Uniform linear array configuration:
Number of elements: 4
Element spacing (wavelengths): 1
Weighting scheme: hamming
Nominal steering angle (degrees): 45
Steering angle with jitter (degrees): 46.677
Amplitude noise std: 0.05
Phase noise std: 0.05

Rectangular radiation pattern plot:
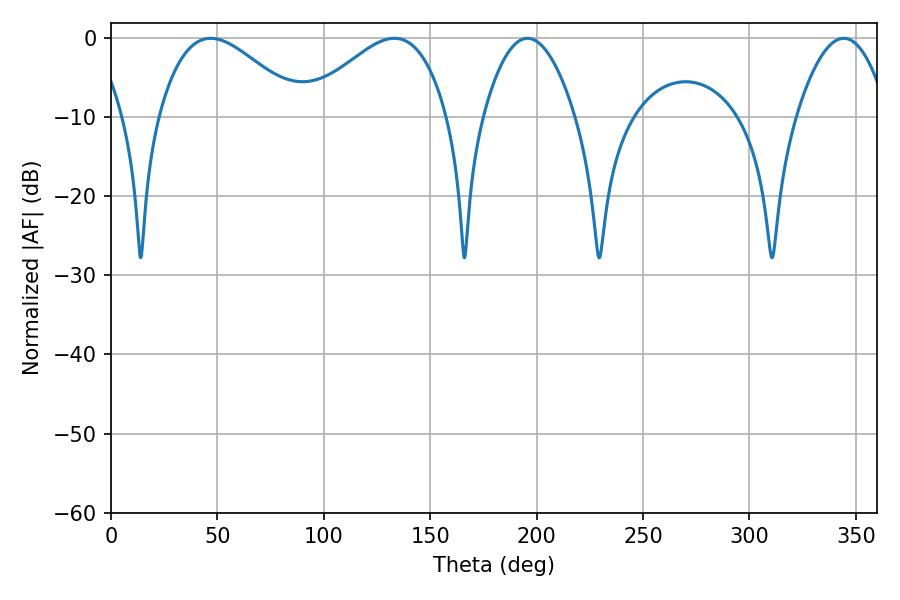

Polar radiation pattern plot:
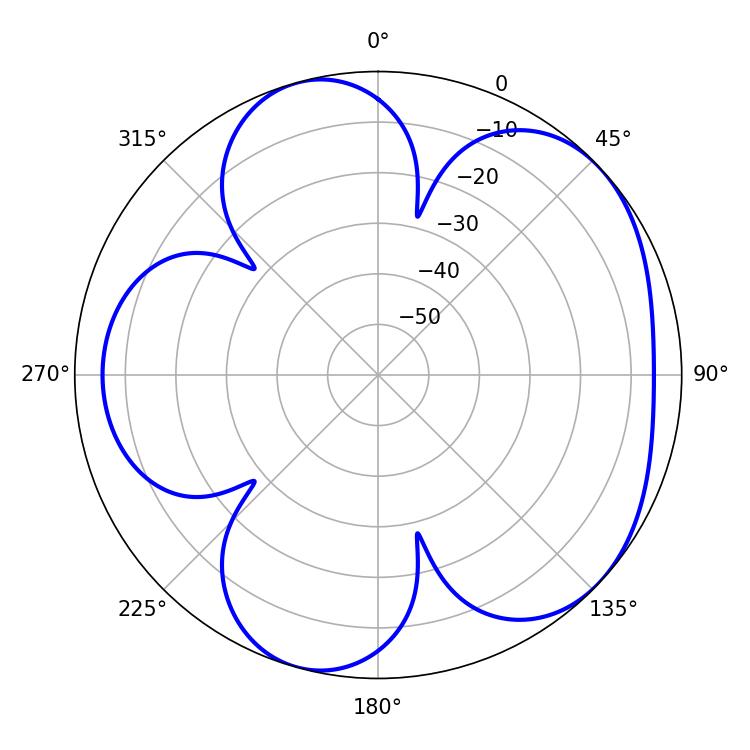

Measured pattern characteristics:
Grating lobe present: TRUE
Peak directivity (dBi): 5.027
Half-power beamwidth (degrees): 36.18
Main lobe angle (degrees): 46.8